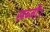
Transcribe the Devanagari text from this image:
सब्जी।